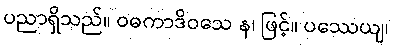
ပညာရှိသည်။ ဝဓကာဒိဝသေ န၊ ဖြင့်။ ပဿေယျ၊